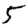
Digit: 5